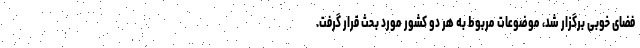
فضای خوبی برگزار شد، موضوعات مربوط به هر دو کشور مورد بحث قرار گرفت.